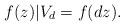
LaTeX: \begin{align*}f(z) | V_d = f(dz).\end{align*}